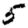
Digit: 5